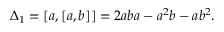
\Delta _ { 1 } = [ a , [ a , b ] ] = 2 a b a - a ^ { 2 } b - a b ^ { 2 } .